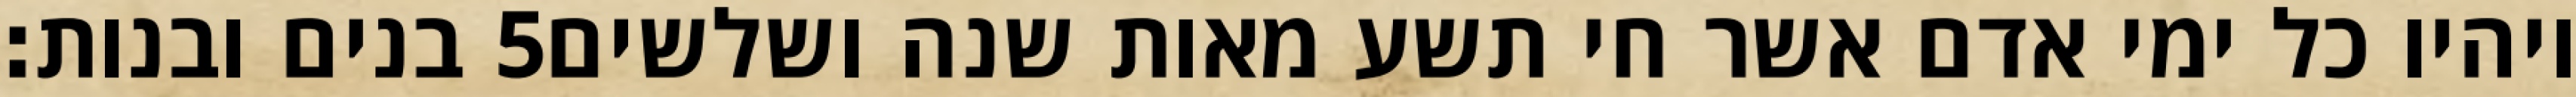
בנים ובנות׃ ‎5‏ ויהיו כל ימי אדם אשר חי תשע מאות שנה ושלשים